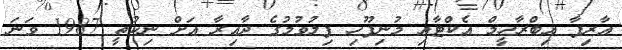
އާރިފާ އިބްރާހީމް އެކްޓާއި މުނިފޫހި ފިލުވުމުގެ ދާއިރާ އަށް ނިކުތީ 1987 ވަނަ